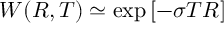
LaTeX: W ( R , T ) \simeq \exp \left[ - \sigma T R \right]